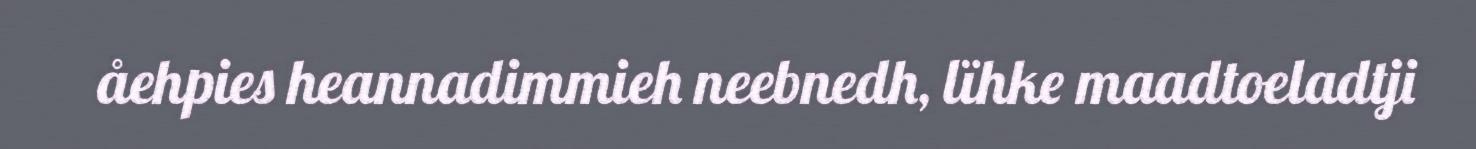
åehpies heannadimmieh neebnedh, lïhke maadtoeladtji